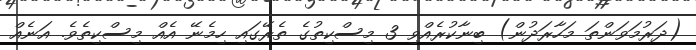
(ދަރުމަވަންތަ މަހާރަދުން) ބިނާކުރެއްވި 3 މިސްކިތުގެ ތެރޭގައި ހިމެނޭ އެއް މިސްކިތެވެ. އަނެއް